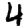
Digit: 4